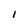
Character: I